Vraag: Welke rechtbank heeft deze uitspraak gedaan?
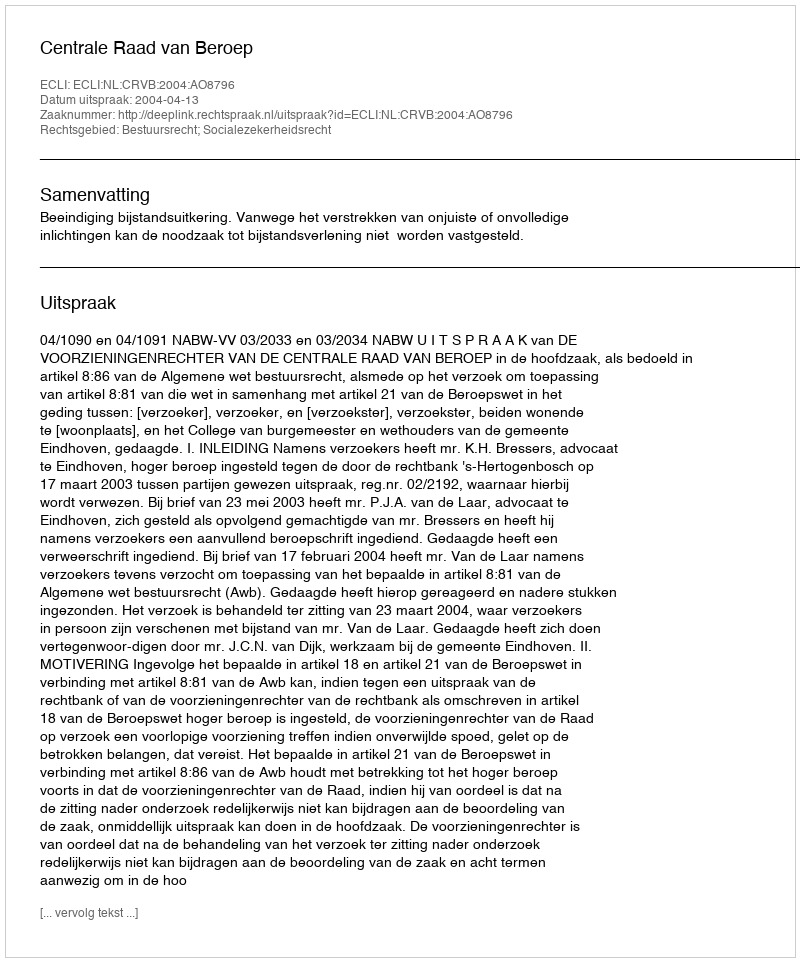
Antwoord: Centrale Raad van Beroep